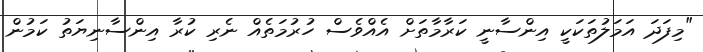
"މިފަދަ އަމަލުތަކަކީ އިންސާނީ ކަރާމާތަށް އެއްވެސް ހުރުމަތެއް ނެރި ކުރާ އިންސާނިޔަތު ކަމުން